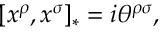
[ x ^ { \rho } , x ^ { \sigma } ] _ { * } = i \theta ^ { \rho \sigma } ,